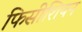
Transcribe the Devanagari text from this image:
फिसीशियन